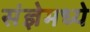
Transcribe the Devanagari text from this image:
संज्ञेमध्ये